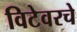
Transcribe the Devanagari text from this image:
विटेवरचे